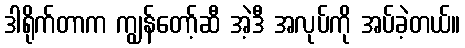
ဒါရိုက်တာက ကျွန်တော့်ဆီ အဲ့ဒီ အလုပ်ကို အပ်ခဲ့တယ်။